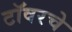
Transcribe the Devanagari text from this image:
टॉवरचे